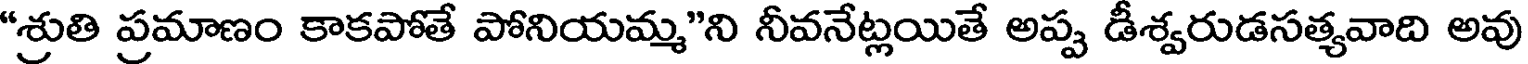
"శ్రుతి ప్రమాణం కాకపోతే పోనియమ్మ"ని నీవనేట్లయితే అప్ప డీశ్వరుడసత్యవాది అవు